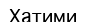
Хатими